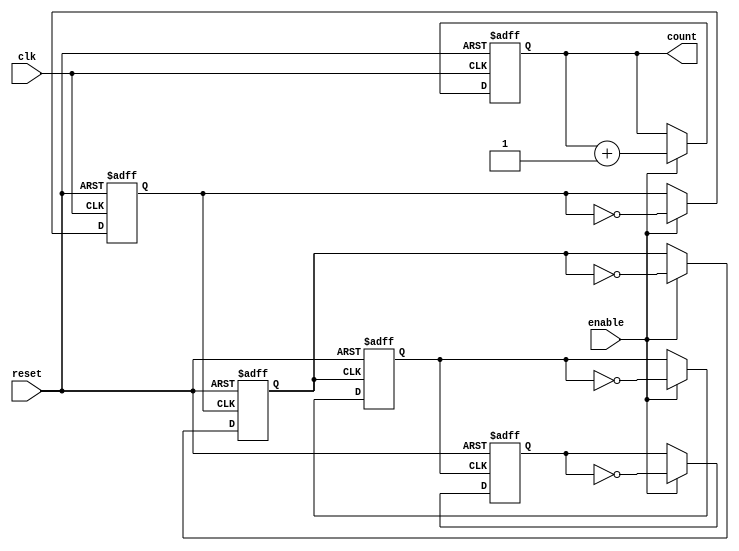
module async_counter #(parameter N = 4) (
    input wire clk,           // Clock signal for LSB
    input wire reset,         // Asynchronous reset
    input wire enable,        // Enable signal
    output reg [N-1:0] count  // N-bit output count
);

// Asynchronous reset and counting behavior
always @(posedge clk or posedge reset) begin
    if (reset) begin
        count <= {N{1'b0}};  // Set count to 0
    end else if (enable) begin
        count <= count + 1;  // Increment count
    end
end

// Generate the ripple effect for the counter
genvar i;
generate
    for (i = 0; i < N; i = i + 1) begin : flip_flop
        if (i == 0) begin
            // LSB: triggered by the external clock
            always @(posedge clk or posedge reset) begin
                if (reset) begin
                    count[0] <= 1'b0;
                end else if (enable) begin
                    count[0] <= ~count[0];  // Toggle LSB
                end
            end
        end else begin
            // Other bits: triggered by the previous bit
            always @(posedge count[i-1] or posedge reset) begin
                if (reset) begin
                    count[i] <= 1'b0;
                end else if (enable) begin
                    count[i] <= ~count[i];  // Toggle current bit
                end
            end
        end
    end
endgenerate

endmodule